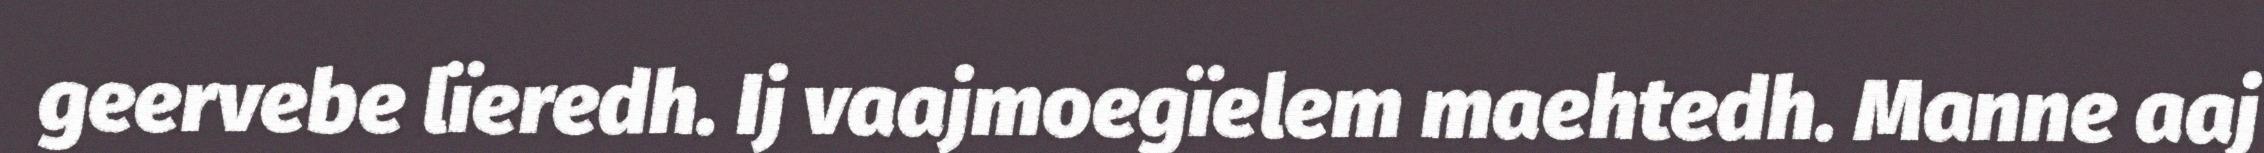
geervebe lïeredh. Ij vaajmoegïelem maehtedh. Manne aaj